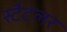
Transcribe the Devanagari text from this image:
स्टैटलर